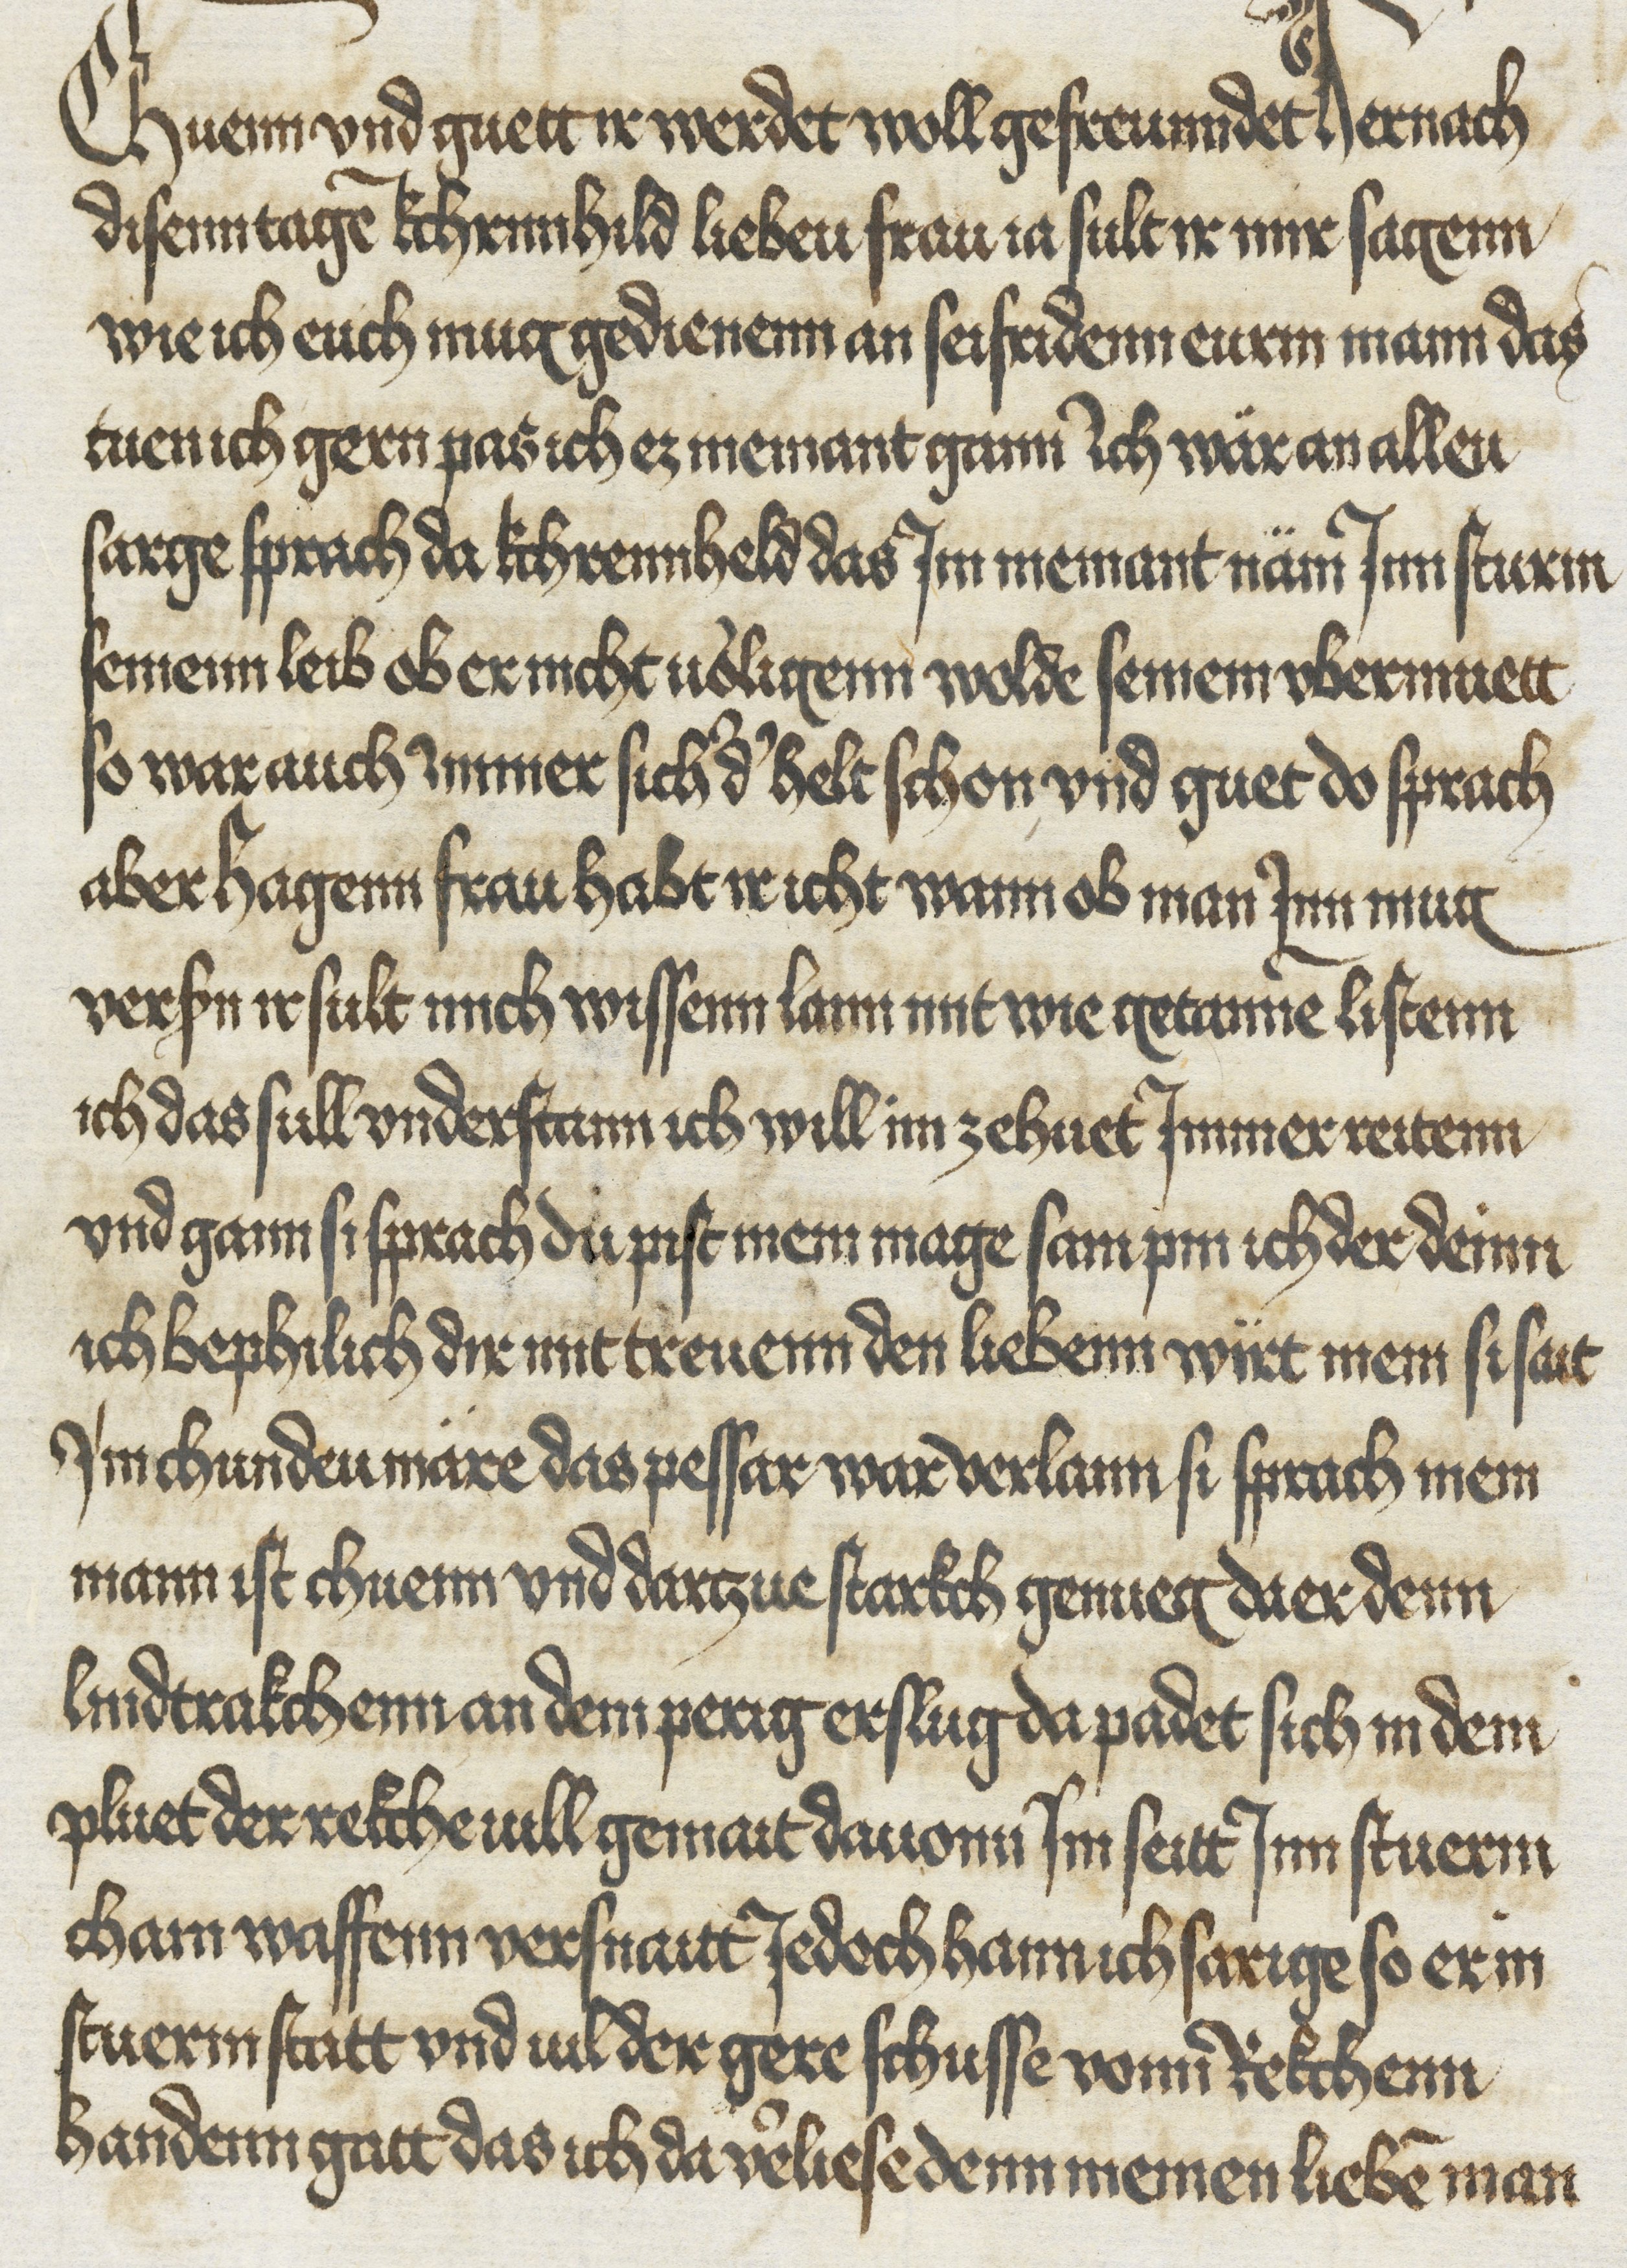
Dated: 1425–1449